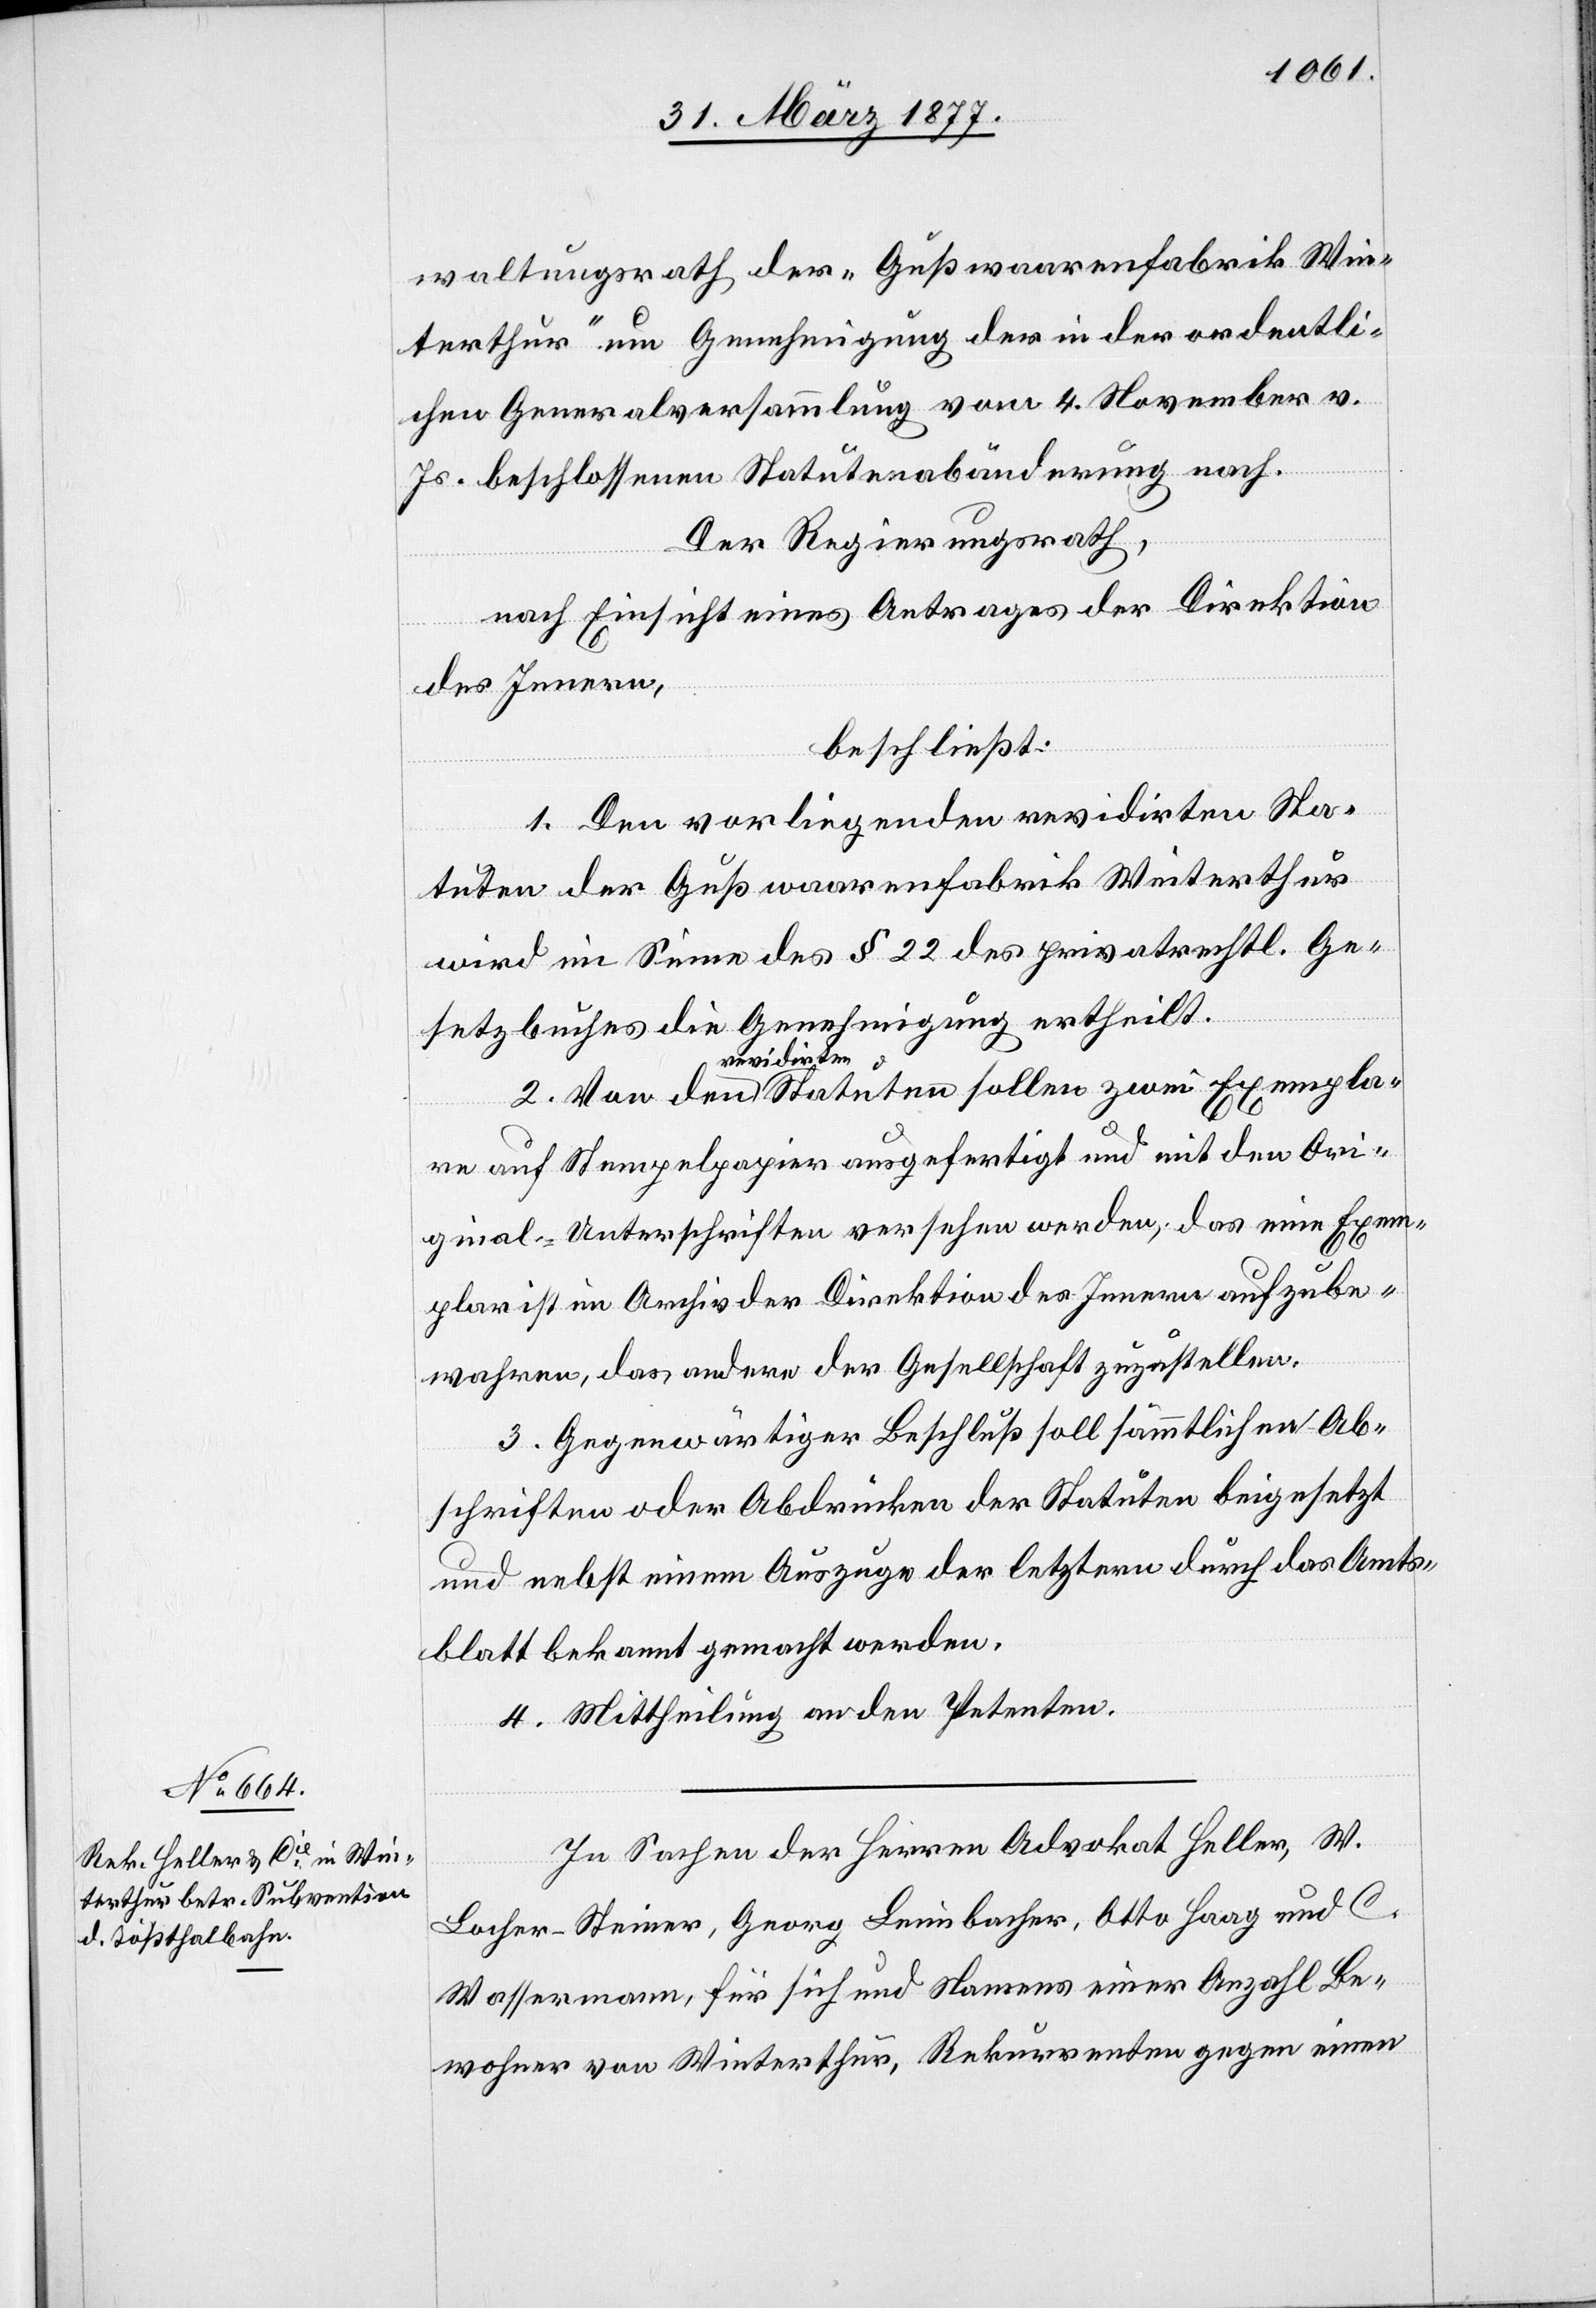
waltungsrath der „Gußwaarenfabrik Win¬
terthur“ um Genehmigung der in der ordentli¬
chen Generalversammlung vom 4. November v.
Js. beschlossenen Statutenabänderungen nach.
Der Regierungsrath,
nach Einsicht eines Antrages der Direktion
des Innern,
beschließt:
1. Den vorliegenden revidirten Sta¬
tuten der Gußwaarenfabrik Winterthur
wird im Sinne des § 22 des privatrechtl. Ge¬
setzbuches die Genehmigung ertheilt.
revidirten
auf Stempelpapier ausgefertigt und mit den Ori¬
ginal-Unterschriften versehen werden; das eine Exem¬
plar ist im Archiv der Direktion des Innern aufzube¬
wahren, das andere der Gesellschaft zuzustellen.
3. Gegenwärtiger Beschluß soll sämmtlichen Ab¬
schriften oder Abdrücken der Statuten beigesetzt
und nebst einem Auszuge der letztern durch das Amts¬
blatt bekannt gemacht werden.
4. Mittheilung an den Petenten.
In Sachen der Herren Advokat Heller, W.
Locher-Steiner, Georg Leimbacher, Otto Haag und C.
Wassermann, für sich und Namens einer Anzahl Be¬
wohner von Winterthur, Rekurrenten gegen einen